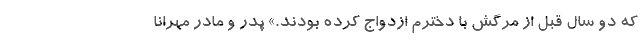
که دو سال قبل از مرگش با دخترم ازدواج کرده بودند.» پدر و مادر مهرانا